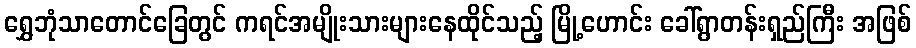
ရွှေဘုံသာတောင်ခြေတွင် ကရင်အမျိုးသားများနေထိုင်သည့် မြို့ဟောင်း ခေါ်ရွာတန်းရှည်ကြီး အဖြစ်